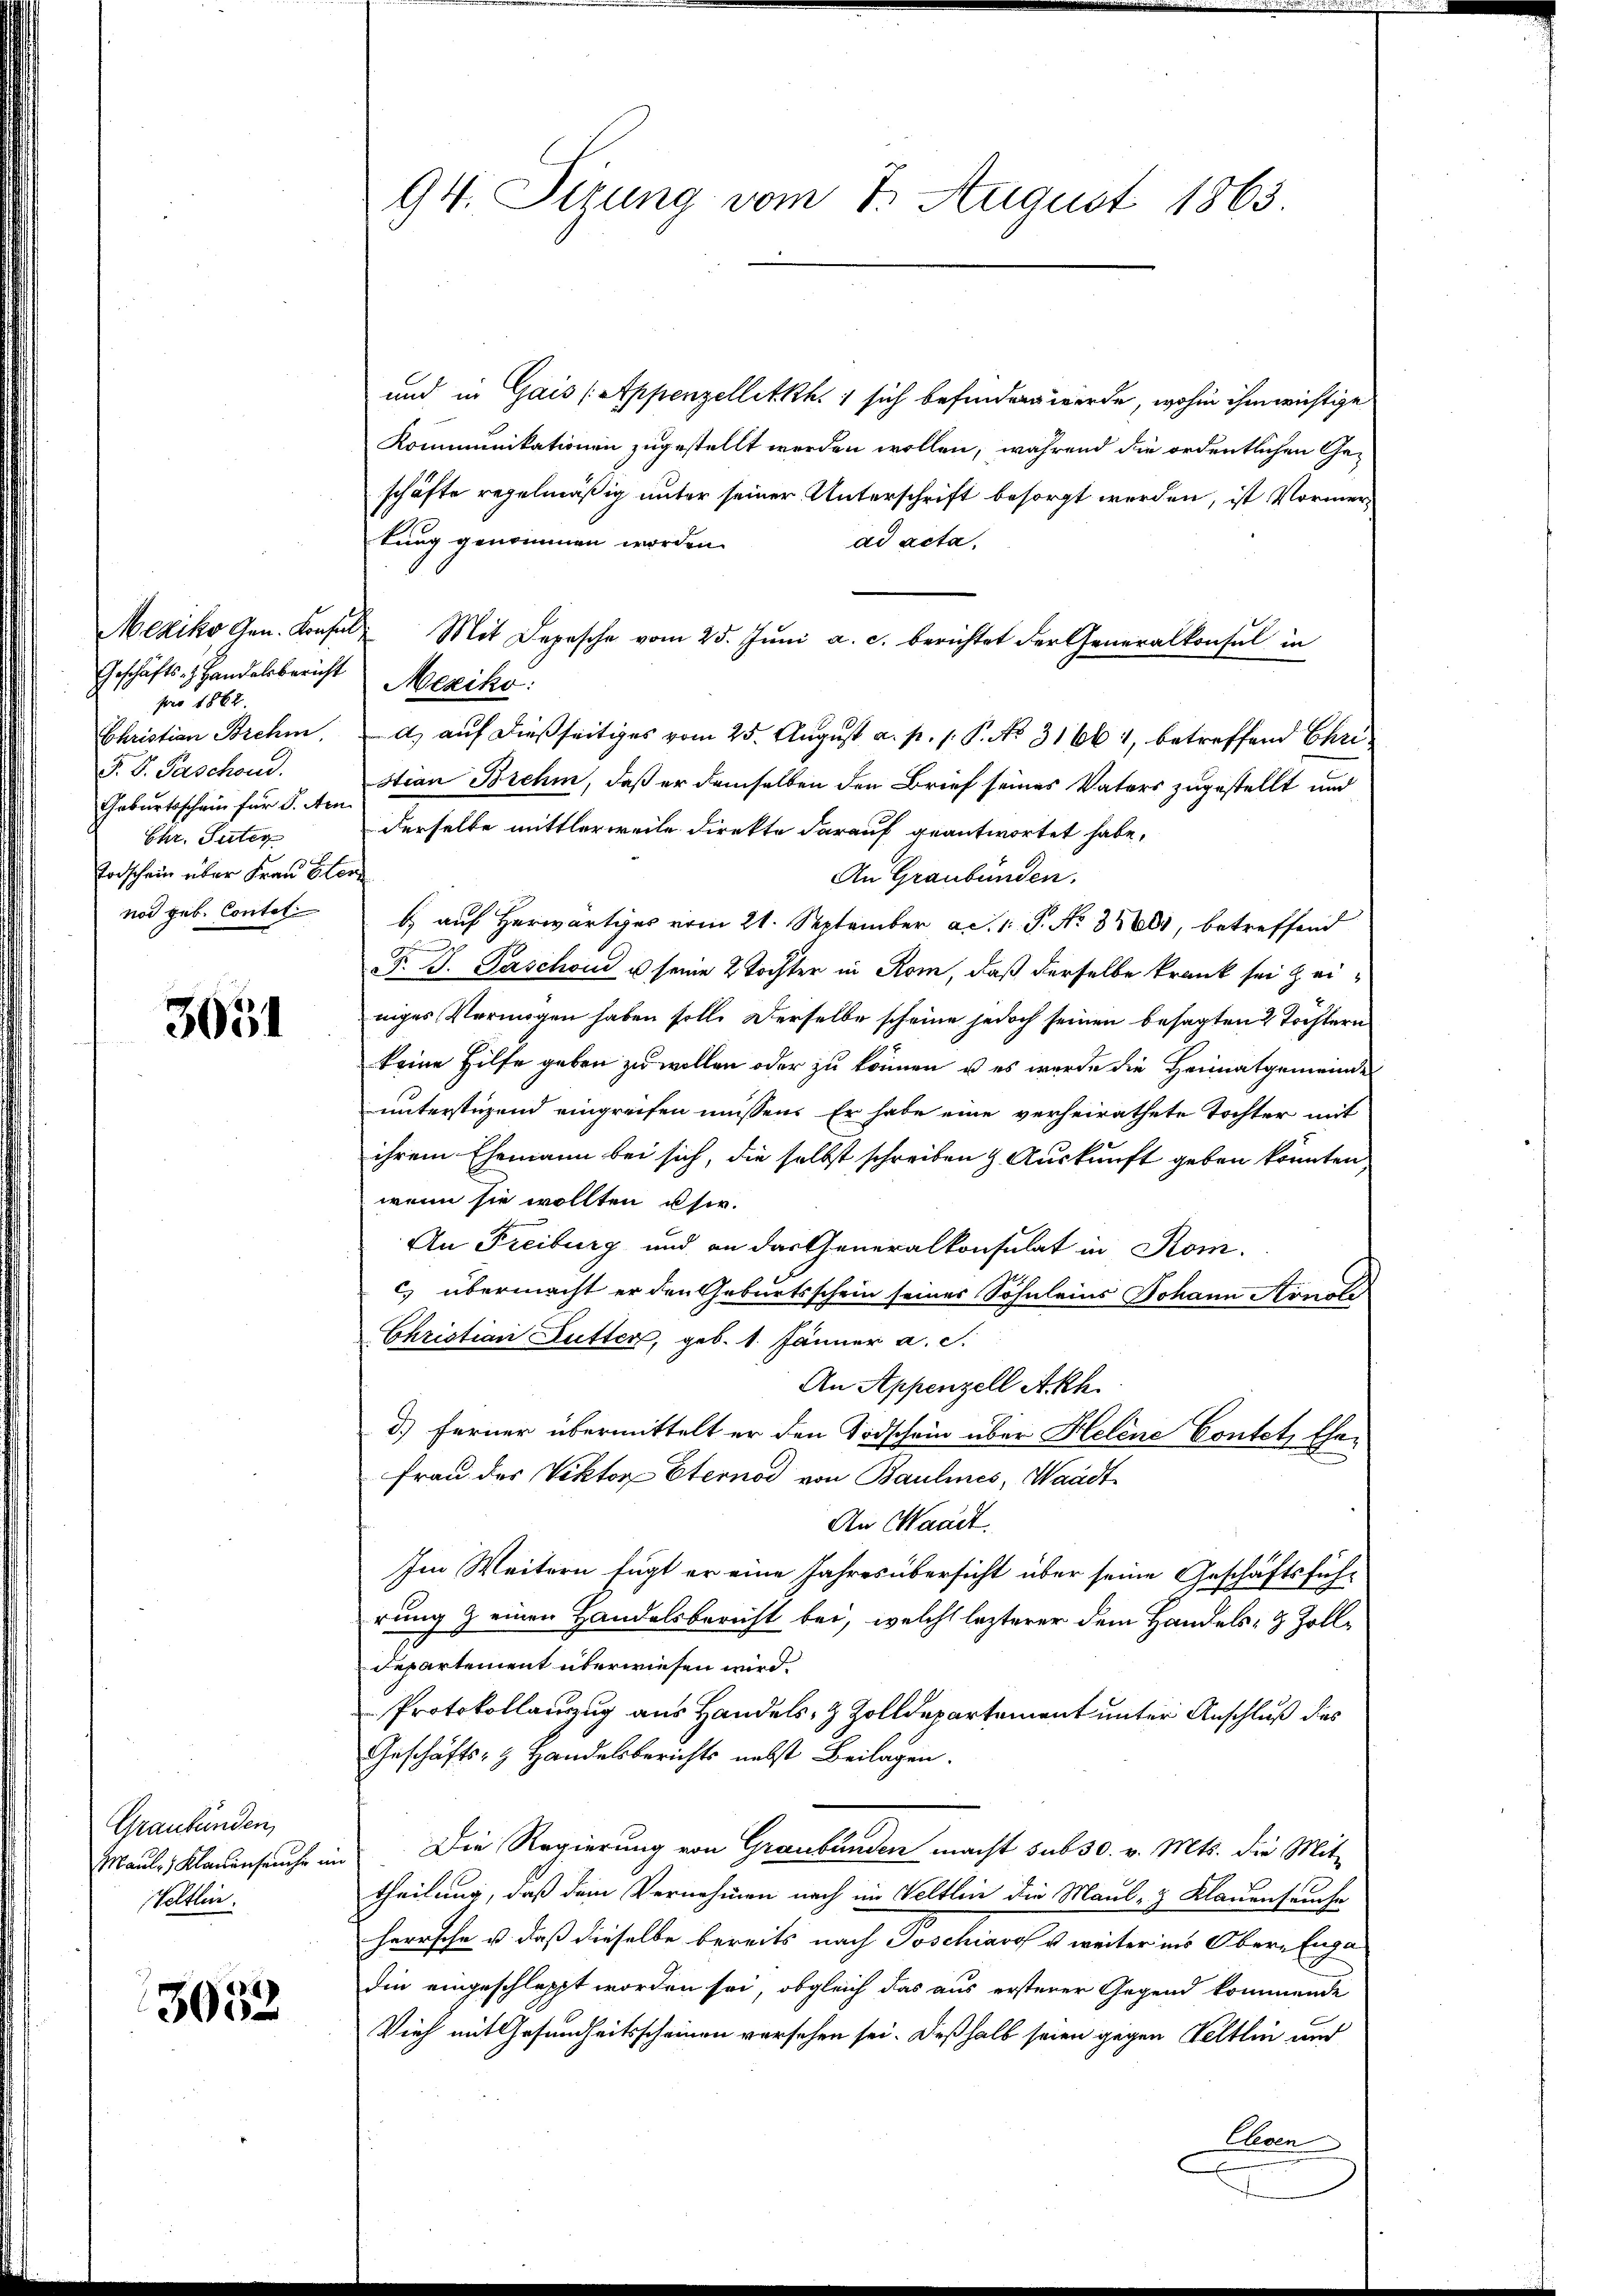
Geschäfts-, Handelsbericht
pro 1862.
Christian Brehm.
F. P. Paschond.
Geburtsschein für S. Ar
Chr. Suter
Vorschein über Frau Elen
nod geb. Contal

3031

Graubünden,
Maule) Klauenseuche in
Veltlin

3032

94. Sizung vom 7. August 1863.

und in Gais (Appenzellitkh. sich befinden werde, wohin ihm wichtige
Kommunikationen zugestellt werden wollen, während die ordentlichen Geschäfte regelmäßig unter seiner Unterschrift besorgt werden, ist Vormertung genommen worden.
ad acta.
Mexiko Gen. Konsul Mit Depesche vom 25. Jŭni a. c. berichtet der Generalkonsul in
Mexiko:
d) auf dießseitiges vom 25. August a. p. 1. P. No 31661, betreffend Christian Brehm, daß er demselben den Brief seines Vaters zugestellt und
derselbe mittlerweile direkte darauf geantwortet habe,
An Graubünden.
b) auf Herwärtiges vom 21. September ad. 1. P. No 38681, betreffend
 2
F. J. Paschon u seine 2 Tochter in Rom, daß derselbe krank sei zeiniges Vermögen haben soll. Derselbe scheine jedoch seinen besagten 2 Töchtern
keine Hilfe geben zu wollen oder zu können, u es werde die Heimatgemeinde
unterstüzend eingreifen müssen. Er habe eine verheirathete Tochter mit
ihrem Ehemann bei sich, die selbst schreiben & Auskunft geben könnten,
wenn sie wollten usw.
An Freiburg und an das Generalkonsulat in Rom.
c) übermacht er den Geburtsschein seines Sohnleins Johann Konold
Christian Kutter, geb. 1. Jänner a. c.
An Appenzell Akh.
d.) Ferner übermittelt er den Todschein über Helene Contet, Ehe-
Frau des Viktor-Sternod von Baulines, Waadt
An Waadt.
Im Weitern fügt er eine Jahres übersicht über seine Geschäftsführung & einen Handelsbericht bei, welche lezterer dem Handels- & Zoll¬
Departement überwiesen wird.
Protokollanzug aus Handels- & Zolldepartement unter Anschluß des
Geschäfts- & Handelsberichts nebst Beilagen.
Die Regierung von Graubünden macht sub 30. v. Mts. die Mit-
theilung, daß dem Vernehmen nach im Veltlin die Maul- & Klauenseuche
herrsche u. daß dieselbe bereits nach Joschiavof u. weiter ins Ober-Engadie eingeschlappt worden sei, obgleich das aus ersterer Gegend kommende
Vieh mit Gesundheitsscheinen versehen sei. Deßhalb seien gegen Veltlin und
Eleven